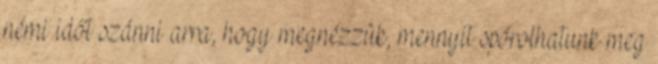
némi időt szánni arra, hogy megnézzük, mennyit spórolhatunk meg